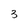
Character: 3